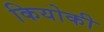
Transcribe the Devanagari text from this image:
कियोकी